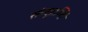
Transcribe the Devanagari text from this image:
संन्क॒।न्ति